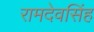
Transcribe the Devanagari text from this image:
रामदेवसिंह